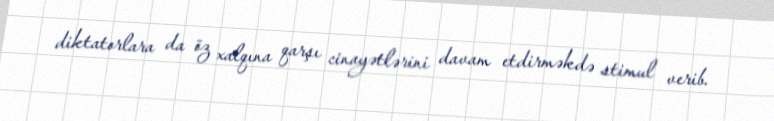
diktatorlara da öz xalqına qarşı cinayətlərini davam etdirməkdə stimul verib.